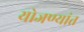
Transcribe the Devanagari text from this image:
योजण्यांत